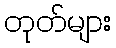
တုတ်များ